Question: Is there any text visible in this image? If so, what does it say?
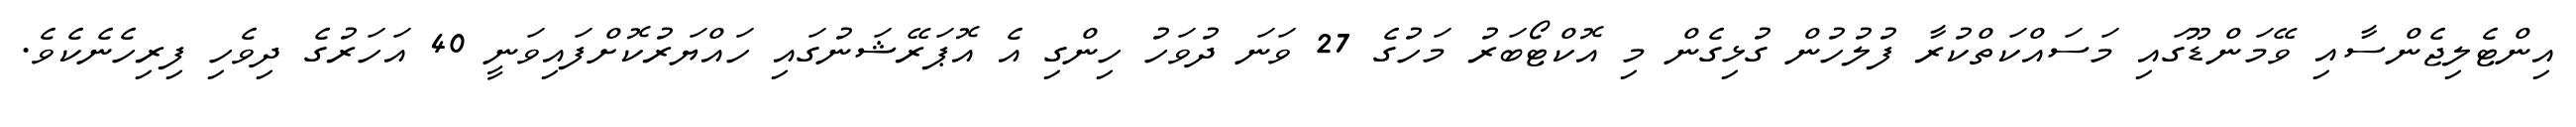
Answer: އިންޓެލިޖެންސާއި ވޭމަންޑޫގައި މަސައްކަތްކުރާ ފުލުހުން ގުޅިގެން މި އޮކްޓޯބަރު މަހުގެ 27 ވަނަ ދުވަހު ހިންގި އެ އޮޕަރޭޝަނުގައި ހައްޔަރުކޮށްފައިވަނީ 40 އަހަރުގެ ދިވެހި ފިރިހެނެކެވެ.